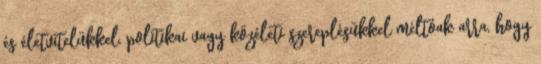
és életvitelükkel, politikai vagy közéleti szereplésükkel méltóak arra, hogy